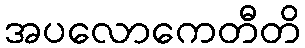
အပလောကေတီတိ